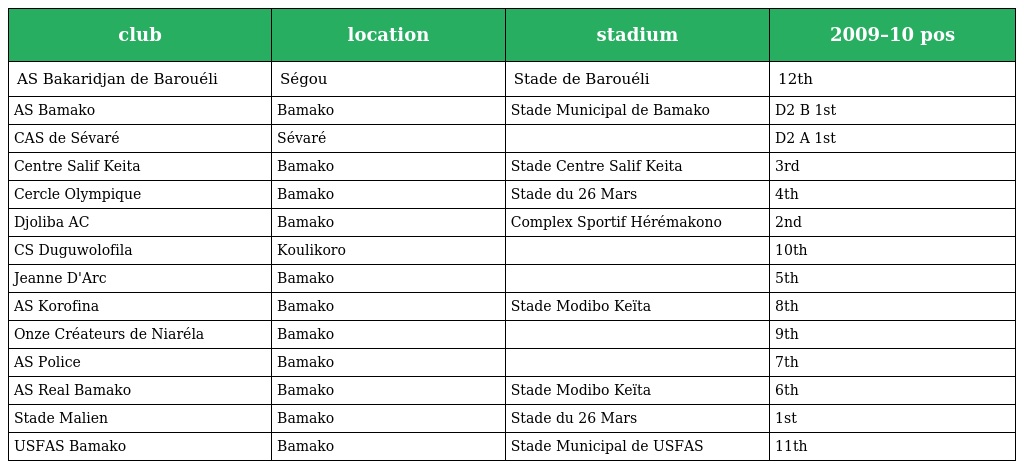
| club | location | stadium | 2009–10 pos |
 | --- | --- | --- | --- |
 | AS Bakaridjan de Barouéli | Ségou | Stade de Barouéli | 12th |
 | AS Bamako | Bamako | Stade Municipal de Bamako | D2 B 1st |
 | CAS de Sévaré | Sévaré |  | D2 A 1st |
 | Centre Salif Keita | Bamako | Stade Centre Salif Keita | 3rd |
 | Cercle Olympique | Bamako | Stade du 26 Mars | 4th |
 | Djoliba AC | Bamako | Complex Sportif Hérémakono | 2nd |
 | CS Duguwolofila | Koulikoro |  | 10th |
 | Jeanne D'Arc | Bamako |  | 5th |
 | AS Korofina | Bamako | Stade Modibo Keïta | 8th |
 | Onze Créateurs de Niaréla | Bamako |  | 9th |
 | AS Police | Bamako |  | 7th |
 | AS Real Bamako | Bamako | Stade Modibo Keïta | 6th |
 | Stade Malien | Bamako | Stade du 26 Mars | 1st |
 | USFAS Bamako | Bamako | Stade Municipal de USFAS | 11th |